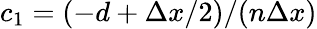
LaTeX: c_{1}=(-d+\Delta x/2)/(n\Delta x)